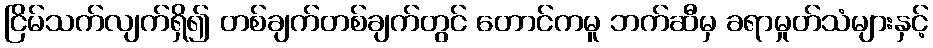
ငြိမ်သက်လျက်ရှိ၍ တစ်ချက်တစ်ချက်တွင် တောင်ကမူ ဘက်ဆီမှ ခရာမှုတ်သံများနှင့်